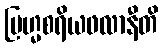
ဗြဟ္မစရိယဖလာနီတိ